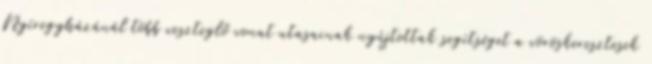
Nyíregyházánál több veszteglő vonat utasainak nyújtottak segítséget a vöröskeresztesek